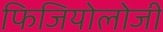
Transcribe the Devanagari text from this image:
फिजियोलोजी